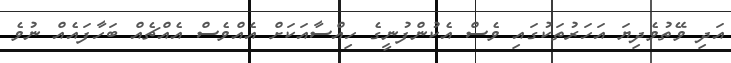
އަދި ވޭތުވެދިޔަ އަހަރުތަކުގައި ވެސް އެކުންފުނީގެ ހިއްސާއަކަށް އެއްވެސް އެއްޗެއް ބަހާފައެއް ނުވެ